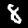
Digit: 8